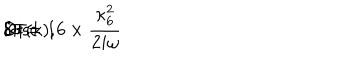
\delta \sigma = 1 6 \times \frac { \kappa _ { 6 } ^ { 2 } } { 2 i \omega } \hspace { 2 m m } \mathrm { D i s c } \hspace { 1 m m } \delta \Pi ( k ) ,